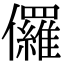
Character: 儸